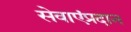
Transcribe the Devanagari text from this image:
सेवाएंप्रदान